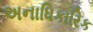
અનાધિકારિક